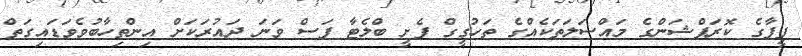
ފީފާގެ ކޮރަޕްޝަންގެ މައްސަލަތަކެއްގެ ތަހުގީގް ފެށީ ބްލެޓާ ފަސް ވަނަ ދައުރަކަށް އިންތިހާބުވެވަޑައިގަތް